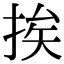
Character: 挨